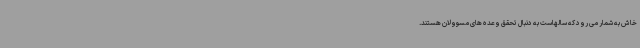
خاش به شمار می رود که سالهاست به دنبال تحقق وعده های مسوولان هستند.